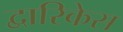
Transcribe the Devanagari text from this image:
द्वारिकेस